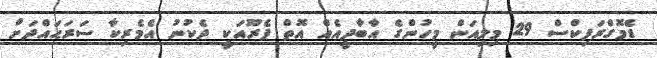
ޑެމޮގްރަފިކްސް 29 މިލިއަން މީހުންގެ އާބާދީއެއް އޮތް ޕެރޫއަކީ ދެކުނު އެމެރިކާ ސަަރަޙައްދަށް